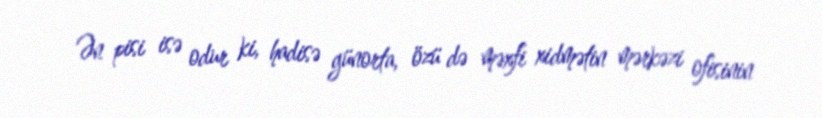
Ən pisi isə odur ki, hadisə günorta, özü də məxfi xidmətin mərkəzi ofisinin